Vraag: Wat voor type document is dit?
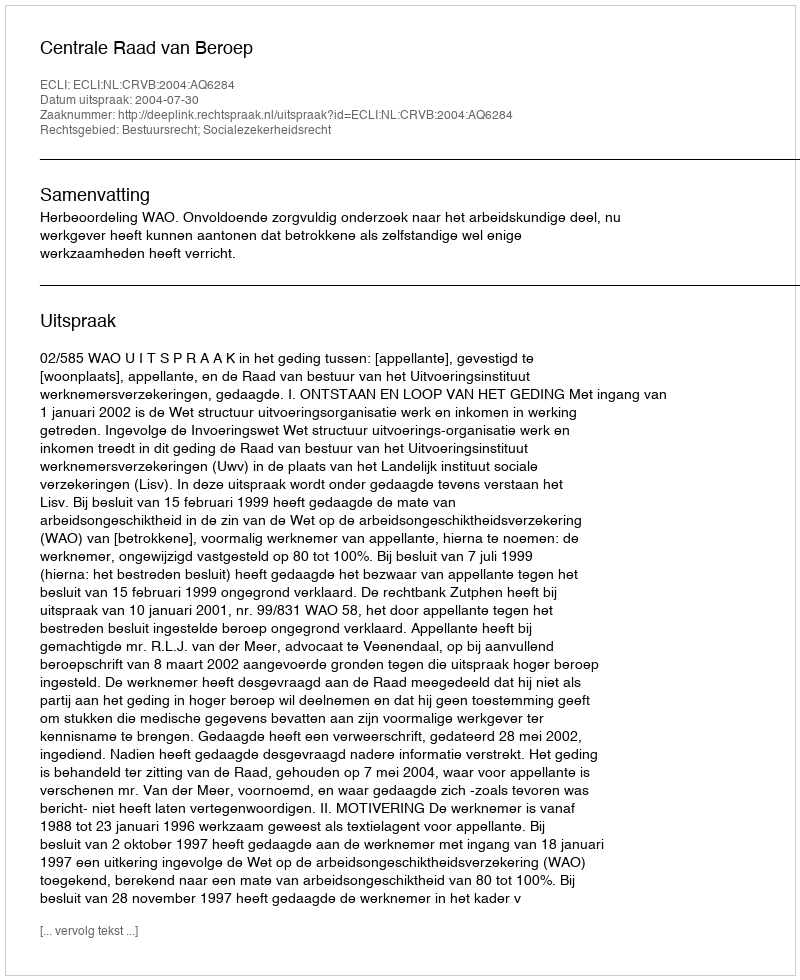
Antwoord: Uitspraak